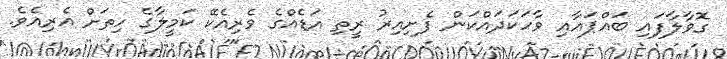
ގޮވާލާފައި ބައްޕައާއި ވާހަކަދައްކަން ފެށިއިރު ރީތި އަޑެއްގެ ވެރިއެކޭ ކަމީލާގެ ހިތަށް އެރިއެވެ.